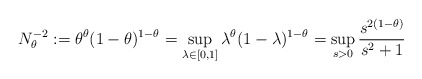
\begin{align*}N_{\theta}^{-2}:=\theta^\theta (1-\theta)^{1-\theta}=\sup_{\lambda \in [0, 1]}\lambda^\theta (1 - \lambda)^{1 - \theta}=\sup_{s > 0}\frac{s^{2(1 - \theta)}}{s^2 + 1}\end{align*}